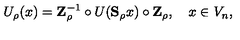
U _ { \rho } ( x ) = \mathbf { Z } _ { \rho } ^ { - 1 } \circ U ( \mathbf { S } _ { \rho } x ) \circ \mathbf { Z } _ { \rho } , \quad x \in V _ { n } ,